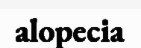
alopecia